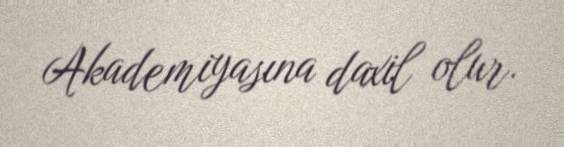
Akademiyasına daxil olur.